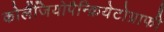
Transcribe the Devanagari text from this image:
कोलैंजियोपैन्क्रियेटोग्राफी